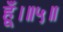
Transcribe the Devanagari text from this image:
हूँ।॥५॥